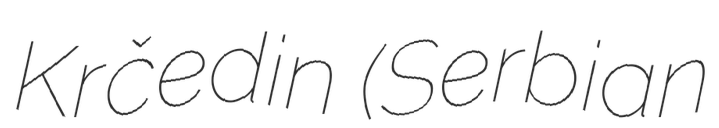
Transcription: Krčedin (Serbian